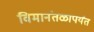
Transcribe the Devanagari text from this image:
विमानंतळापर्यंत